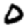
Digit: 0